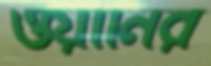
ওয়ার্নির